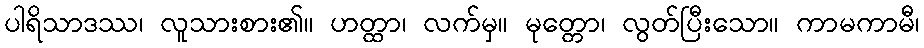
ပါရိသာဒဿ၊ လူသားစား၏။ ဟတ္ထာ၊ လက်မှ။ မုတ္တော၊ လွတ်ပြီးသော။ ကာမကာမီ၊